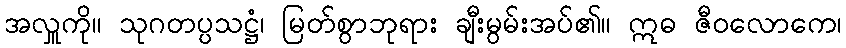
အလှူကို။ သုဂတပ္ပသဋ္ဌံ၊ မြတ်စွာဘုရား ချီးမွမ်းအပ်၏။ ဣဓ ဇီဝလောကေ၊